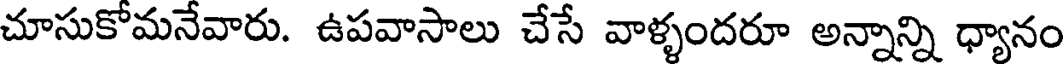
చూసుకోమనేవారు. ఉపవాసాలు చేసే వాళ్ళందరూ అన్నాన్ని ధ్యానం